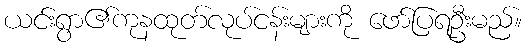
ယင်းရွာ၏ကုနထုတ်လုပ်ငန်းများကို ဖော်ပြရဦးမည်။